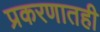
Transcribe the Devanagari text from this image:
प्रकरणातही